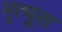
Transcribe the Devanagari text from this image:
मृत्यूस